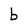
Character: b